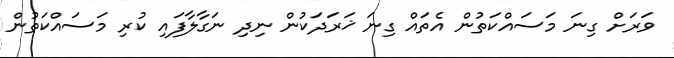
ވަރަށް ގިނަ މަސައްކަތުން އެތައް ގިނަ ޚަރަދަކުން ނިދި ނަގާލާފައި ކުރި މަސައްކަތުން